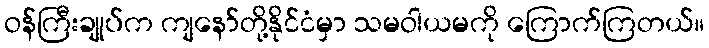
ဝန်ကြီးချုပ်က ကျနော်တို့နိုင်ငံမှာ သမဝါယမကို ကြောက်ကြတယ်။